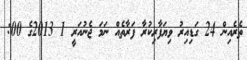
ތެރެއިން 24 ގަޑިއިރު ވިޔަފާރިކުރާ ފަރާތެއް ނަމަ ޖެނުއަރީ 1 2013ގެ 00: